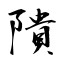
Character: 隤